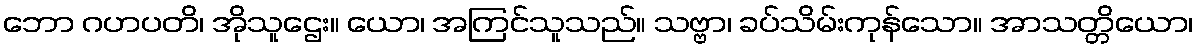
ဘော ဂဟပတိ၊ အိုသူဌေး။ ယော၊ အကြင်သူသည်။ သဗ္ဗာ၊ ခပ်သိမ်းကုန်သော။ အာသတ္တိယော၊